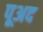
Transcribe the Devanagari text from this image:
पूअद